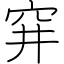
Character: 穽